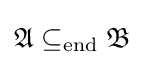
{\mathfrak {A}}\subseteq _{\text{end}}{\mathfrak {B}}